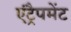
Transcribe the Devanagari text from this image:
एंट्रैपमेंट